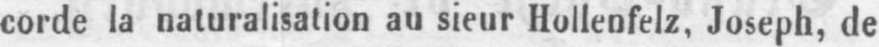
corde la naturalisation au sieur Hollenfelz, Joseph, de